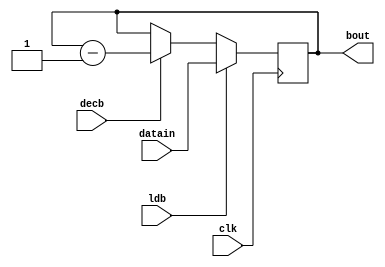
module COUNT(bout, clk, ldb, decb, datain);
    input clk, ldb, decb;
    input [15:0] datain;
    output reg [15:0]bout;
    always @(posedge clk)
        begin
            if(ldb) bout <= datain;
            else if(decb)
                bout <= bout -1;
        end
endmodule